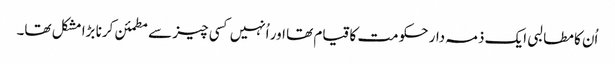
اُن کا مطالبی ایک ذمہ دار حکومت کا قیام تھا اور اُنہیں کسی چیز سے مطمئن کرنا بڑا مشکل تھا۔